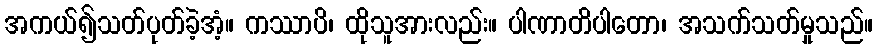
အကယ်၍သတ်ပုတ်ခဲ့အံ့။ ကဿာပိ၊ ထိုသူအားလည်း။ ပါဏာတိပါတော၊ အသက်သတ်မှုသည်။